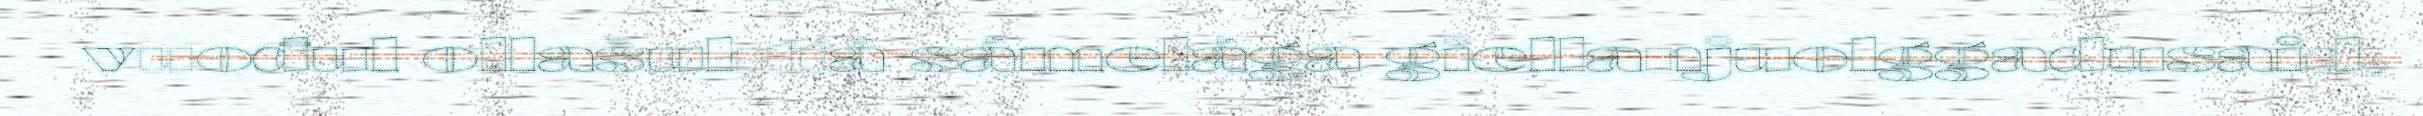
vuođul ollašuhttá sámelága giellanjuolggadusaid,